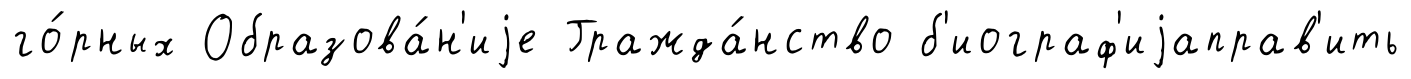
го́рных Образова́н'иjе Гражда́нство б'иограф'иjаправ'ить